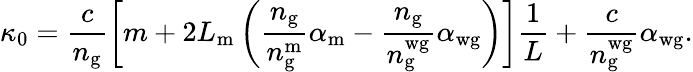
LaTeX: \kappa_{0}=\frac{c}{n_{\mathrm{g}}}\left[m+2L_{\mathrm{m}}\left(\frac{n_{\mathrm{g}}}{n_{\mathrm{g}}^{\mathrm{m}}}\alpha_{\mathrm{m}}-\frac{n_{\mathrm{g}}}{n_{\mathrm{g}}^{\mathrm{wg}}}\alpha_{\mathrm{wg}}\right)\right]\frac{1}{L}+\frac{c}{n_{\mathrm{g}}^{\mathrm{wg}}}\alpha_{\mathrm{wg}}.